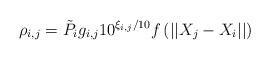
LaTeX: \begin{align*}\rho_{i,j}=\tilde{P}_{i}g_{i,j}10^{\xi_{i,j}/10}f\left( ||X_{j}-X_{i}||\right) \end{align*}